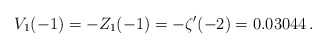
\begin{align*} V_1(-1)=-Z_1(-1)=-\zeta '(-2)=0.03044\,.\end{align*}